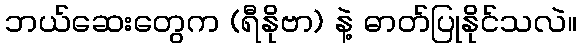
ဘယ်ဆေးတွေက (ရီနိုဗာ) နဲ့ ဓာတ်ပြုနိုင်သလဲ။